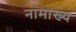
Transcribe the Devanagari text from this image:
नामाख्य